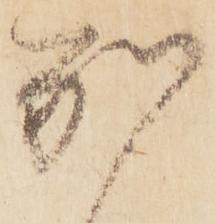
別